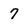
Character: 7